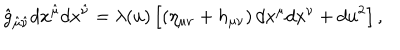
\hat { g } _ { \hat { \mu } \hat { \nu } } d x ^ { \hat { \mu } } d x ^ { \hat { \nu } } = \lambda ( u ) \left[ \left( \eta _ { \mu \nu } + h _ { \mu \nu } \right) d x ^ { \mu } d x ^ { \nu } + d u ^ { 2 } \right] ,